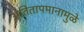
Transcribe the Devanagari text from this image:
अतितापमानामुळे